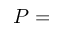
P =